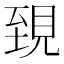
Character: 𧠫